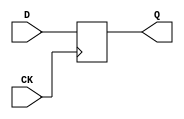
module DFF_X1(CK, D, Q);
input CK;
input [31:0] D;
output reg [31:0] Q;

always @(posedge CK)
	Q <= D;

endmodule